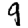
Digit: 9